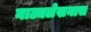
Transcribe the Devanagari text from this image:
नाट्यलेखनास